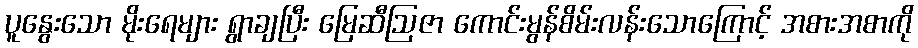
ပူနွေးသော မိုးရေများ ရွာချပြီး မြေဆီဩဇာ ကောင်းမွန်စိမ်းလန်းသောကြောင့် အစားအစာကို